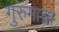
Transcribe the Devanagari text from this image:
गुरुमात्रा